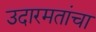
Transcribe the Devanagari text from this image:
उदारमतांचा